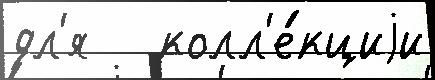
дл'я   колл'е́кциjи